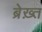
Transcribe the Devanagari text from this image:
ब्रेख़्त